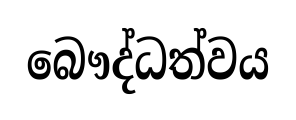
බෞද්ධත්වය